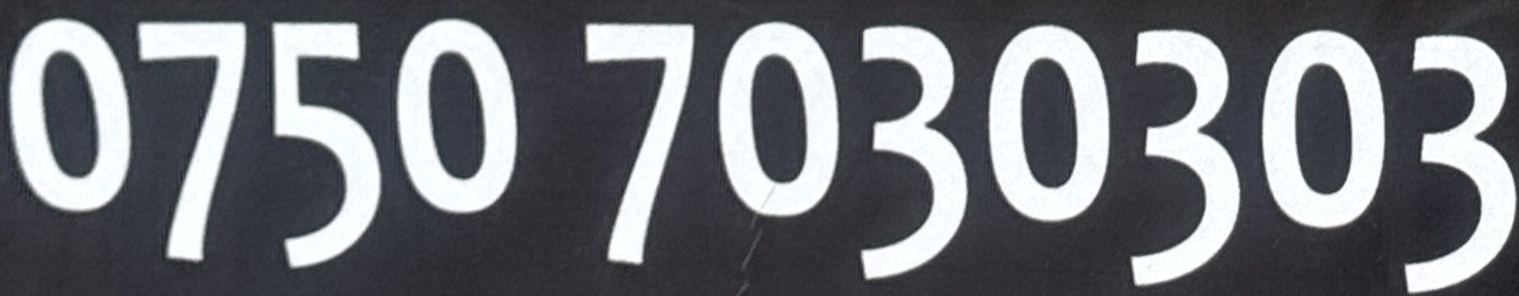
0750 7030303